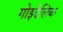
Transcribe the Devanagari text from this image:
गोइदेलिक